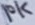
Text: 10K